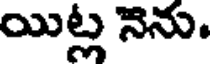
యిట్ల నెను.